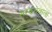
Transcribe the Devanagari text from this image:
सरकनेवाला